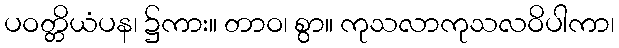
ပဝတ္တိယံပန၊ ၌ကား။ တာဝ၊ စွာ။ ကုသလာကုသလဝိပါကာ၊